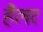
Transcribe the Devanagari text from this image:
हैलर